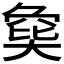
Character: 𡙟